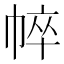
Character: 𢃒